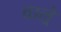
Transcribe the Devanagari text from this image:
वाल्रे